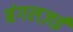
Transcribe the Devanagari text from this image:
बंगलज़ई